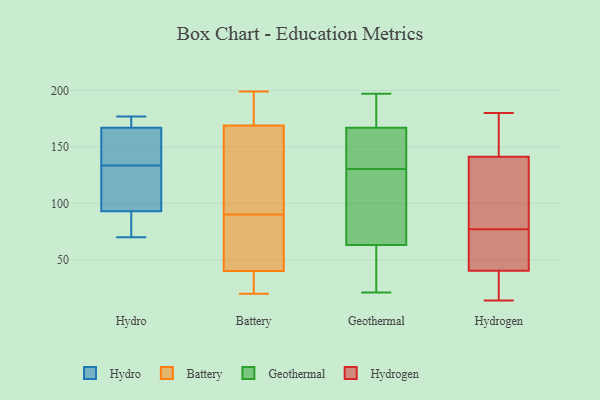
{"axis": {"x": "Bounce Rate (%)", "y": "Value"}, "legend": ["Battery", "Geothermal", "Hydro", "Hydrogen"], "data": [{"x": "", "y": 108, "type": "Hydro"}, {"x": "", "y": 177, "type": "Hydro"}, {"x": "", "y": 167, "type": "Hydro"}, {"x": "", "y": 76, "type": "Hydro"}, {"x": "", "y": 164, "type": "Hydro"}, {"x": "", "y": 70, "type": "Hydro"}, {"x": "", "y": 159, "type": "Hydro"}, {"x": "", "y": 93, "type": "Hydro"}, {"x": "", "y": 103, "type": "Hydro"}, {"x": "", "y": 177, "type": "Hydro"}, {"x": "", "y": 30, "type": "Battery"}, {"x": "", "y": 156, "type": "Battery"}, {"x": "", "y": 56, "type": "Battery"}, {"x": "", "y": 182, "type": "Battery"}, {"x": "", "y": 25, "type": "Battery"}, {"x": "", "y": 52, "type": "Battery"}, {"x": "", "y": 187, "type": "Battery"}, {"x": "", "y": 89, "type": "Battery"}, {"x": "", "y": 26, "type": "Battery"}, {"x": "", "y": 197, "type": "Battery"}, {"x": "", "y": 28, "type": "Battery"}, {"x": "", "y": 146, "type": "Battery"}, {"x": "", "y": 91, "type": "Battery"}, {"x": "", "y": 197, "type": "Battery"}, {"x": "", "y": 87, "type": "Battery"}, {"x": "", "y": 95, "type": "Battery"}, {"x": "", "y": 20, "type": "Battery"}, {"x": "", "y": 199, "type": "Battery"}, {"x": "", "y": 97, "type": "Battery"}, {"x": "", "y": 50, "type": "Battery"}, {"x": "", "y": 197, "type": "Geothermal"}, {"x": "", "y": 152, "type": "Geothermal"}, {"x": "", "y": 79, "type": "Geothermal"}, {"x": "", "y": 53, "type": "Geothermal"}, {"x": "", "y": 102, "type": "Geothermal"}, {"x": "", "y": 54, "type": "Geothermal"}, {"x": "", "y": 63, "type": "Geothermal"}, {"x": "", "y": 167, "type": "Geothermal"}, {"x": "", "y": 152, "type": "Geothermal"}, {"x": "", "y": 131, "type": "Geothermal"}, {"x": "", "y": 21, "type": "Geothermal"}, {"x": "", "y": 28, "type": "Geothermal"}, {"x": "", "y": 183, "type": "Geothermal"}, {"x": "", "y": 130, "type": "Geothermal"}, {"x": "", "y": 128, "type": "Geothermal"}, {"x": "", "y": 168, "type": "Geothermal"}, {"x": "", "y": 171, "type": "Geothermal"}, {"x": "", "y": 149, "type": "Geothermal"}, {"x": "", "y": 124, "type": "Hydrogen"}, {"x": "", "y": 159, "type": "Hydrogen"}, {"x": "", "y": 149, "type": "Hydrogen"}, {"x": "", "y": 40, "type": "Hydrogen"}, {"x": "", "y": 81, "type": "Hydrogen"}, {"x": "", "y": 180, "type": "Hydrogen"}, {"x": "", "y": 63, "type": "Hydrogen"}, {"x": "", "y": 53, "type": "Hydrogen"}, {"x": "", "y": 26, "type": "Hydrogen"}, {"x": "", "y": 41, "type": "Hydrogen"}, {"x": "", "y": 67, "type": "Hydrogen"}, {"x": "", "y": 14, "type": "Hydrogen"}, {"x": "", "y": 22, "type": "Hydrogen"}, {"x": "", "y": 117, "type": "Hydrogen"}, {"x": "", "y": 19, "type": "Hydrogen"}, {"x": "", "y": 175, "type": "Hydrogen"}, {"x": "", "y": 120, "type": "Hydrogen"}, {"x": "", "y": 77, "type": "Hydrogen"}, {"x": "", "y": 147, "type": "Hydrogen"}]}